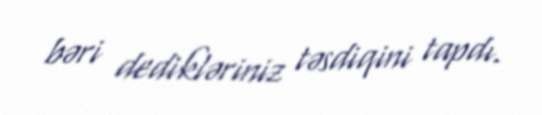
bəri dedikləriniz təsdiqini tapdı.